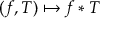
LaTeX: ( f , T ) \mapsto f * T